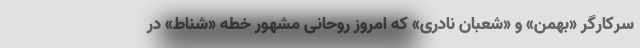
سرکارگر «بهمن» و «شعبان نادری» که امروز روحانی مشهور خطه «شِناط» در